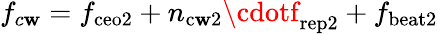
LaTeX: f_{c\mathbf{w}}=f_{\mathrm{{ceo2}}}+n_{\mathrm{{c\mathbf{w}2}}}\cdotf_{\mathrm{{rep2}}}+f_{\mathrm{{beat2}}}